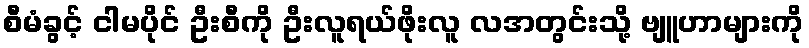
စီမံခွင့် ငါမပိုင် ဦးစီကို ဦးလူရယ်ဖိုးလူ လအတွင်းသို့ ဗျူဟာများကို